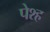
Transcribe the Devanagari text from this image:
पेश्ह